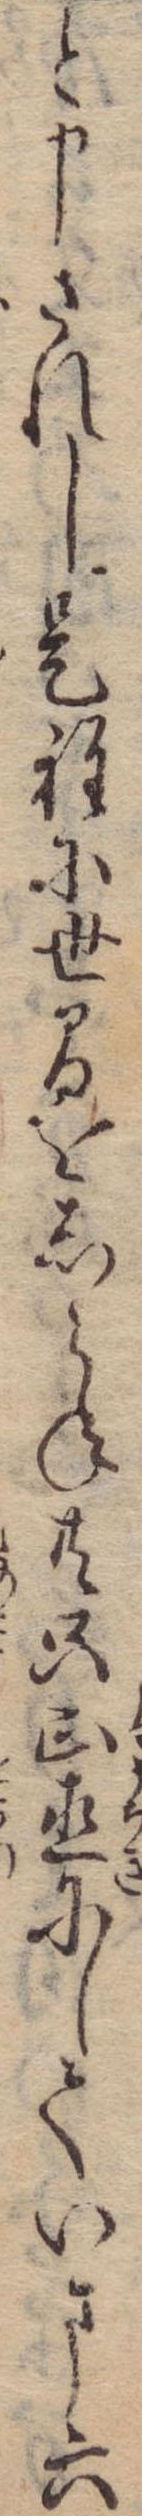
と申されし是程に世間をしらね共只正直にしていま六